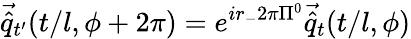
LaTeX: \vec{\hat{q}}_{t^{\prime}}(t/l,\phi+2\pi)=e^{ir_{-}2\pi\Pi^{0}}\vec{\hat{q}}_{t}(t/l,\phi)